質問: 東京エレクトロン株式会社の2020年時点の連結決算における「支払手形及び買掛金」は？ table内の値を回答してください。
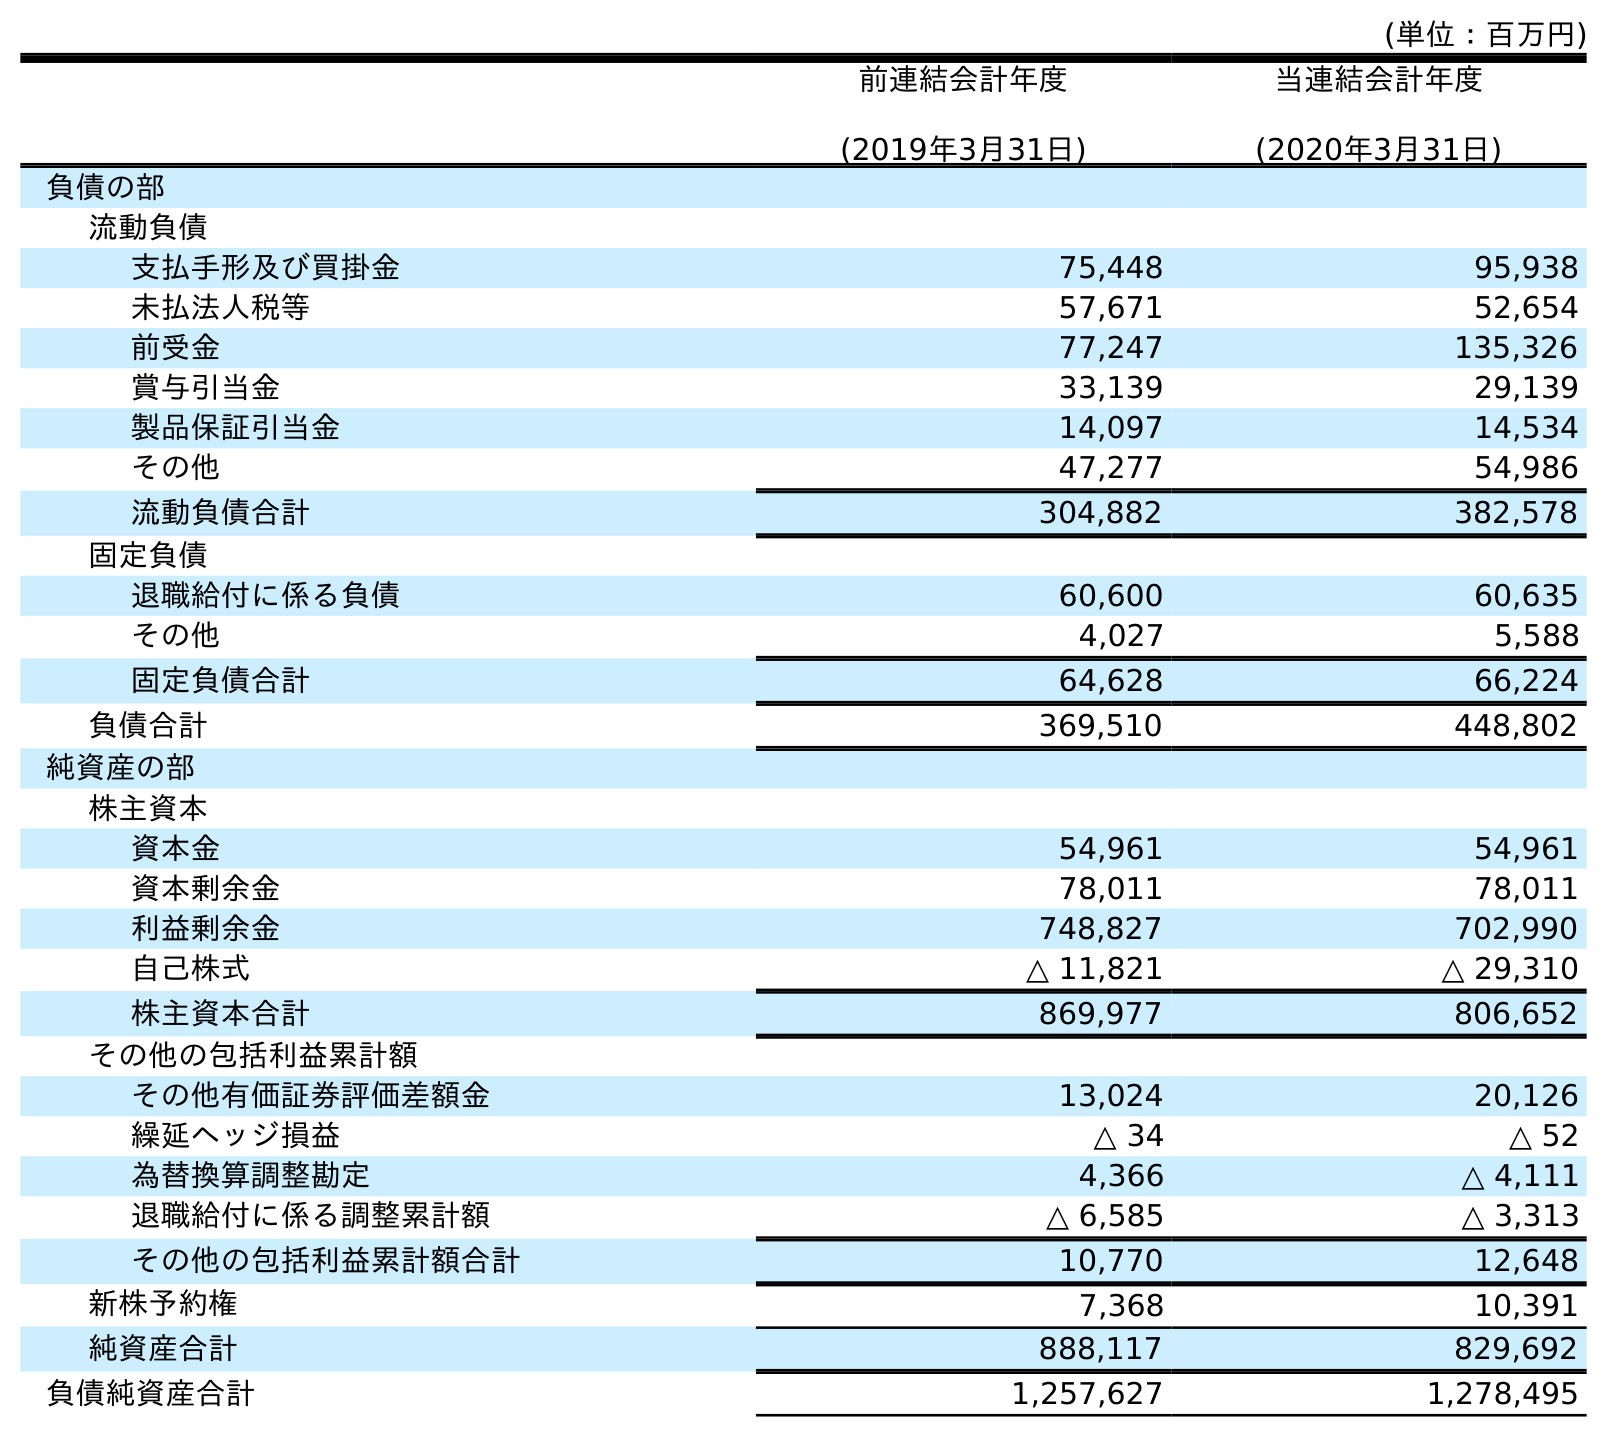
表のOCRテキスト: (単位：百万円) 前連結会計年度 (2019年3月31日) 当連結会計年度 (2020年3月31日) 負債の部 流動負債 支払手形及び買掛金 75,448 95,938 未払法人税等 57,671 52,654 前受金 77,247 135,326 賞与引当金 33,139 29,139 製品保証引当金 14,097 14,534 その他 47,277 54,986 流動負債合計 304,882 382,578 固定負債 退職給付に係る負債 60,600 60,635 その他 4,027 5,588 固定負債合計 64,628 66,224 負債合計 369,510 448,802 純資産の部 株主資本 資本金 54,961 54,961 資本剰余金 78,011 78,011 利益剰余金 748,827 702,990 自己株式 △ 11,821 △ 29,310 株主資本合計 869,977 806,652 その他の包括利益累計額 その他有価証券評価差額金 13,024 20,126 繰延ヘッジ損益 △ 34 △ 52 為替換算調整勘定 4,366 △ 4,111 退職給付に係る調整累計額 △ 6,585 △ 3,313 その他の包括利益累計額合計 10,770 12,648 新株予約権 7,368 10,391 純資産合計 888,117 829,692 負債純資産合計 1,257,627 1,278,495
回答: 95,938